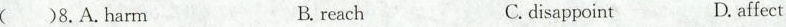
( )8.A.harm B. reach C. disappoint D. affect